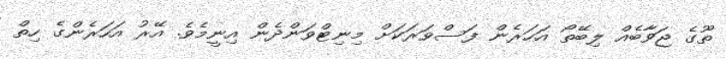
ތޫގެ ޖަވާބެއް ލިބޭތޯ އަހަރެން ފަސްވަރަކަށް މިނިޓްވަންދެން އިނީމެވެ. އޭރު އަހަރެންގެ ހިތް